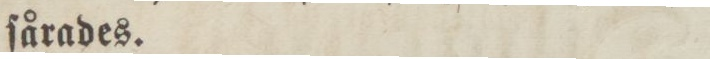
ſårades.